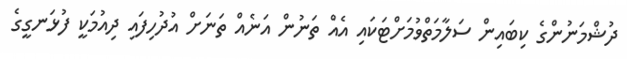
ދުޝްމަނުންގެ ކިބައިން ސަލާމަތްވުމަށްޓަކައި އެއް ތަނުން އަނެއް ތަނަށް އުދުހިފައި ދިއުމަކީ ފުޅަނގީގެ